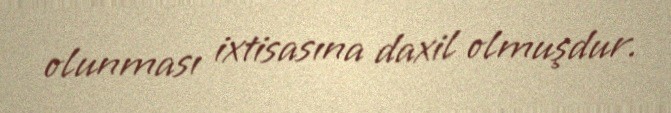
olunması ixtisasına daxil olmuşdur.